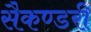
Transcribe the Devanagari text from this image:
सैकण्‍डरी